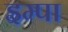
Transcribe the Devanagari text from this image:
इम्पा